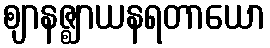
ဈာနဇ္ဈာယနရတာယော